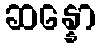
ဆန္နော